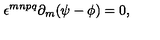
\epsilon ^ { m n p q } \partial _ { m } ( \psi - \phi ) = 0 ,